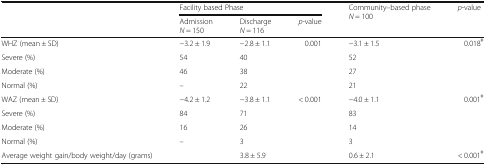
| <ROWSPAN=2>  | <COLSPAN=3> Facility based Phase | <ROWSPAN=2> Community–based phase N = 100 | <ROWSPAN=2> p-value |
 | AdmissionN = 150 | DischargeN = 116 | p-value |
 | --- | --- | --- | --- | --- | --- |
 | WHZ (mean ± SD) | −3.2 ± 1.9 | −2.8 ± 1.1 | 0.001 | −3.1 ± 1.5 | 0.018ǂ |
 | Severe (%) | 54 | 40 |  | 52 |  |
 | Moderate (%) | 46 | 38 |  | 27 |  |
 | Normal (%) | – | 22 |  | 21 |  |
 | WAZ (mean ± SD) | −4.2 ± 1.2 | −3.8 ± 1.1 | < 0.001 | −4.0 ± 1.1 | 0.001ǂ |
 | Severe (%) | 84 | 71 |  | 83 |  |
 | Moderate (%) | 16 | 26 |  | 14 |  |
 | Normal (%) | – | 3 |  | 3 |  |
 | Average weight gain/body weight/day (grams) |  | 3.8 ± 5.9 |  | 0.6 ± 2.1 | < 0.001ǂ |